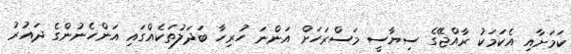
ކަމަށާއި އެކަމަކު ރާއްޖޭގެ ސިޔާސީ މަސްރަހަށް އަންނަ ހުރިހާ ބަދަލުތަކެއްގައި އަންހެނުންގެ ދައުރު